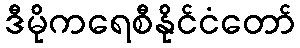
ဒီမိုကရေစီနိုင်ငံတော်